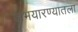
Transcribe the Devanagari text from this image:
अभयारण्यातला